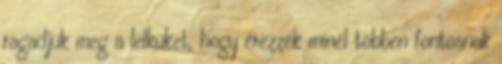
ragadjuk meg a lelküket, hogy érezzék minél többen fontosnak